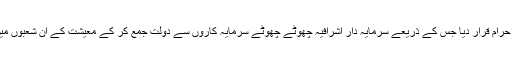
اللہ سبحانہ و تعالیٰ نے منفرد کمپنی ڈھانچہ دیا اور جوائنٹ اسٹاک شیئر کمپنی کو حرام قرار دیا جس کے ذریعے سرمایہ دار اشرافیہ چھوٹے چھوٹے سرمایہ کاروں سے دولت جمع کر کے معیشت کے ان شعبوں میں کام کرنے کے قابل بن جاتے ہیں جہاں بہت زیادہ دولت کی ضرورت ہوتی ہے۔